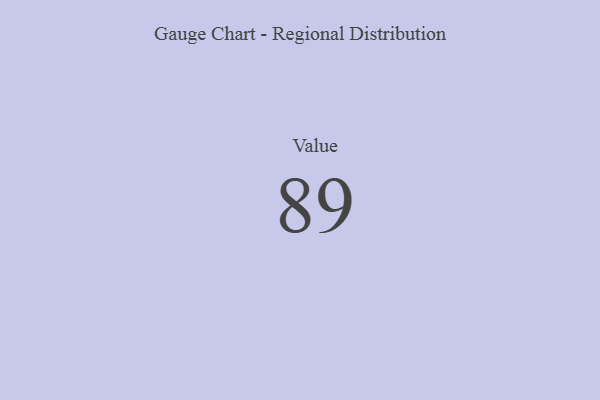
{"axis": {"x": "Metric", "y": "Value"}, "legend": [""], "data": [{"x": "Value", "y": 89, "type": ""}]}